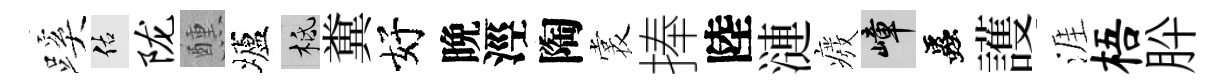
蹊佑陇醺壚柢糞好晩涇陶裳捧陸漣癈嶂蟲護涯梧肸